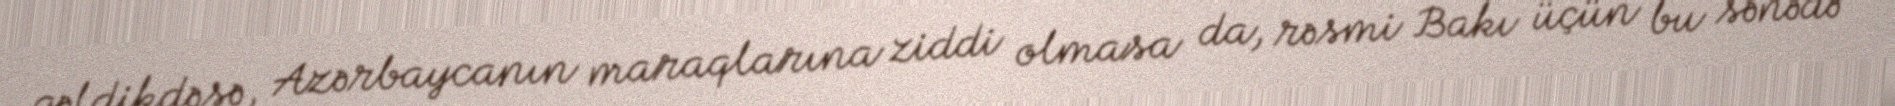
gəldikdəsə, Azərbaycanın maraqlarına ziddi olmasa da, rəsmi Bakı üçün bu sənədə